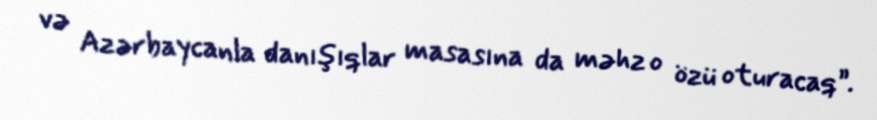
və Azərbaycanla danışıqlar masasına da məhz o özü oturacaq”.